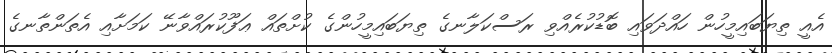
އެއީ ތިޔަބައިމީހުން ހައްދަވައި ބޮޑުކުރެއްވި ރަސްކަލާނގެ ތިޔަބައިމީހުންގެ ކުށްތައް ޢަފޫކުރައްވާނޭ ކަމަށާއި އެތަންތާނގެ